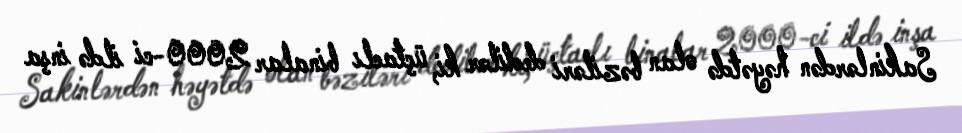
Sakinlərdən həyətdə olan bəziləri dedilər ki, üçtaclı binalar 2000-ci ildə inşa